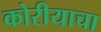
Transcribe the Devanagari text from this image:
कोरीयाचा